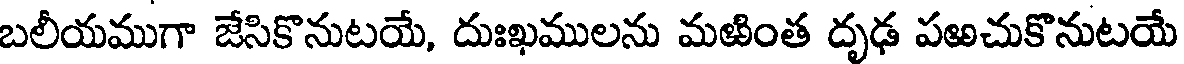
బలీయముగా జేసికొనుటయే, దుఃఖములను మఱింత దృఢ పఱచుకొనుటయే